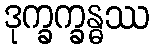
ဒုက္ခက္ခန္ဓဿ